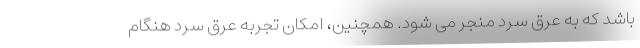
باشد که به عرق سرد منجر می شود. همچنین، امکان تجربه عرق سرد هنگام